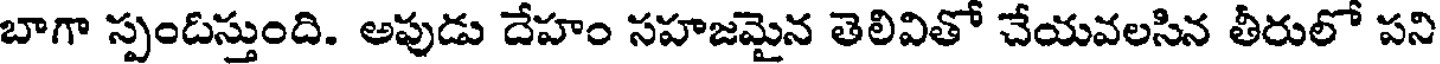
బాగా స్పందిస్తుంది. అపుడు దేహం సహజమైన తెలివితో చేయవలసిన తీరులో పని